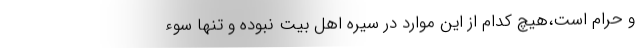
و حرام است،هیچ کدام از این موارد در سیره اهل بیت نبوده و تنها سوء